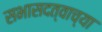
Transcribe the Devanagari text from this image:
सभासदत्वाच्या